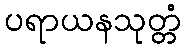
ပရာယနသုတ္တံ